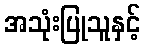
အသုံးပြုသူနှင့်